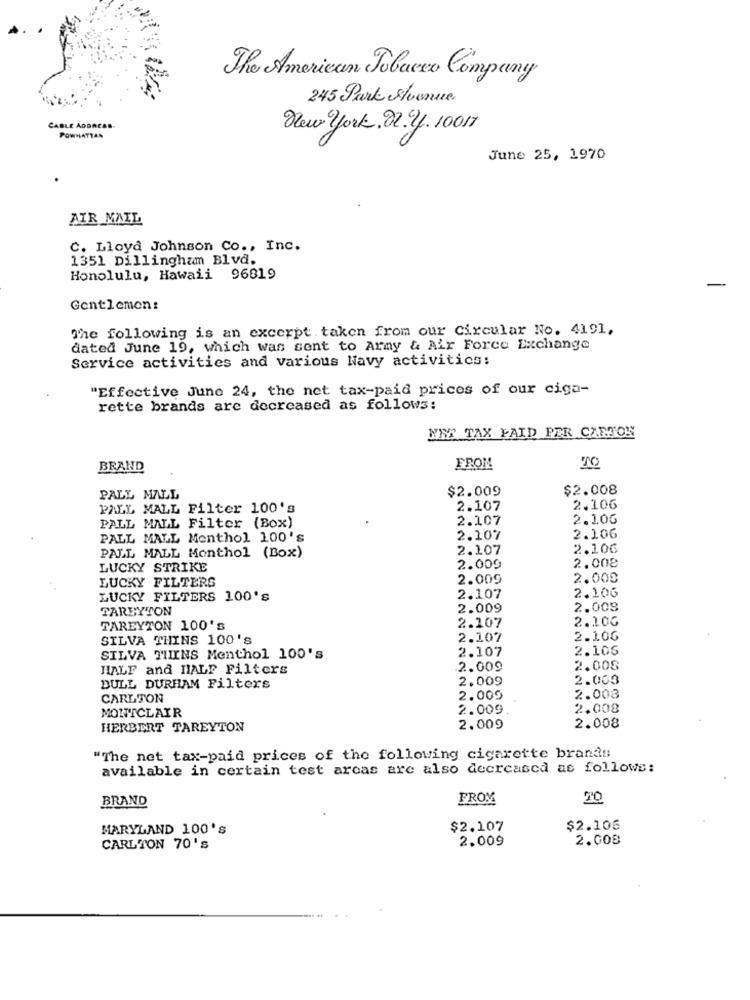
The American Tobacco Company
245 Park Avenue.
CABLE ADORCAS
New york. 22. 4. 10017
POWHATTAN
June 25, 1970
AIR MAIL
C. Lloyd Johnson Co ., Inc.
1351 Dillingham Blvd.
Honolulu, Hawaii 96819
-
Gentlemen:
The following is an excerpt . taken from our Circular No. 4191,
dated June 19, which was sent to Army & Air Force Exchange
Service activities and various Navy activities:
"Effective June 24, the net tax-paid prices of our ciga-
rette brands are decreased as follows:
NEE TAX FAID PER CARTON
BRAND
FROM
$2.009
$2.008
PALL MALL
PALL MALL Filter 100's
2.107
2.106
2.107
2.10G
PALL MALL Filter (Box)
PALL MALL Menthol 100's
2.107
2.106
2.107
2.106
PALL MALL Monthol (Box)
2.008
LUCKY STRIKE
2.009
LUCKY FILTERS
2.009
2.000
2.106
LUCKY FILTERS 100'S
2.107
TAREYTON
2.009
2.009
2.10G
TAREYTON 100's
2.107
SILVA THINS 100's
2.107
2.106
2.107
2.106
SILVA TIINS Menthol 100's
HALF and HALF Filters
2.009
2.008
2.009
2.003
DULL DURHAM Filters
CARLTON
2.009
2.008
2.009
2.008
MONTCLAIR
HERBERT TAREYTON
2.009
2.008
"The net tax-paid prices of the following cigarette brands
available in certain test arcas are also decreased as follows:
BRAND
FROM
20
MARYLAND 100'S
$2.107
$2.106
2.009
2.008
CARLTON 70's